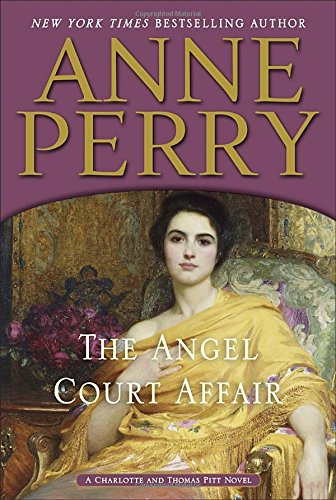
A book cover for The Angel Court Affair: A Charlotte and Thomas Pitt Novel; Anne Perry; Mystery, Thriller & Suspense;